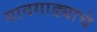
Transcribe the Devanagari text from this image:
गावगाड्याचे